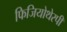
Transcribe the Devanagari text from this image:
फिजियोथेरपी